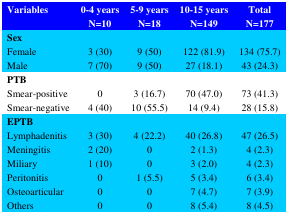
| Variables | 0-4 yearsN=10 | 5-9 yearsN=18 | 10-15 yearsN=149 | TotalN=177 |
 | --- | --- | --- | --- | --- |
 | SexFemale Male | 3 (30)7 (70) | 9 (50)9 (50) | 122 (81.9)27 (18.1) | 134 (75.7)43 (24.3) |
 | PTBSmear-positiveSmear-negative | 04 (40) | 3 (16.7)10 (55.5) | 70 (47.0)14 (9.4) | 73 (41.3)28 (15.8) |
 | EPTBLymphadenitis Meningitis MiliaryPeritonitis Osteoarticular Others | 3 (30)2 (20)1 (10)000 | 4 (22.2)001 (5.5)00 | 40 (26.8)2 (1.3)3 (2.0)5 (3.4)7 (4.7)8 (5.4) | 47 (26.5)4 (2.3)4 (2.3)6 (3.4)7 (3.9)8 (4.5) |